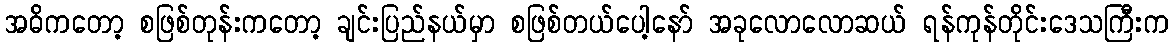
အဓိကတော့ စဖြစ်တုန်းကတော့ ချင်းပြည်နယ်မှာ စဖြစ်တယ်ပေါ့နော် အခုလောလောဆယ် ရန်ကုန်တိုင်းဒေသကြီးက